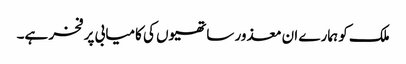
ملک کو ہمارے ان معذور ساتھیوں کی کامیابی پر فخر ہے۔